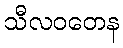
သီလဝတေန